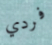
فردي